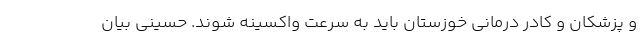
و پزشکان و کادر درمانی خوزستان باید به سرعت واکسینه شوند. حسینی بیان